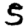
Digit: 5